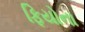
ફિયોના